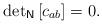
LaTeX: \begin{align*}\mathrm{det}_{\mathsf{N}}\left[ c_{a b}\right] =0. \end{align*}